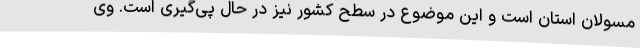
مسولان استان است و این موضوع در سطح کشور نیز در حال پی‌گیری است. وی